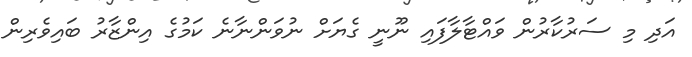
އަދި މި ސަރުކާރުން ވައްޓާލާފައި ނޫނީ ގެޔަށް ނުވަންނާނެ ކަމުގެ އިންޒާރު ބައިވެރިން